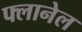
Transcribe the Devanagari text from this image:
फ्लानेल